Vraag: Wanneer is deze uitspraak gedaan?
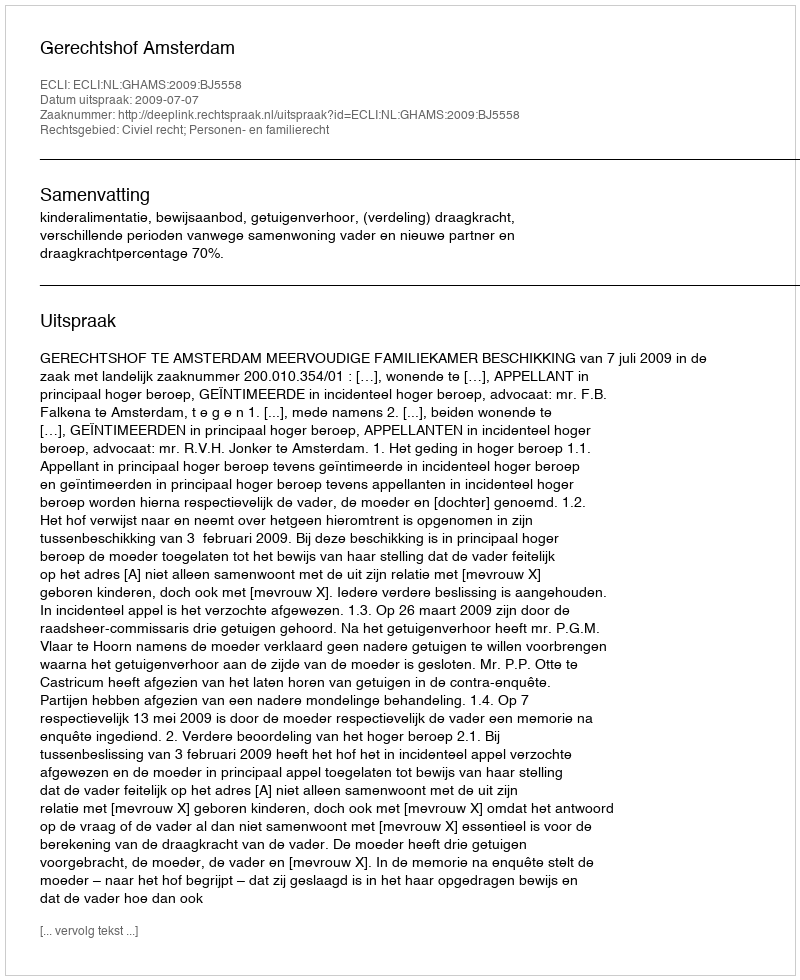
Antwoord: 2009-07-07